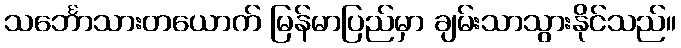
သင်္ဘောသားတယောက် မြန်မာပြည်မှာ ချမ်းသာသွားနိုင်သည်။